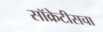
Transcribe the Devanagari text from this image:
सॉक्रेटीसचा